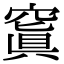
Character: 𥧑